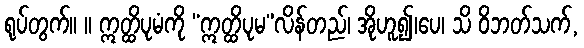
ရုပ်တွက်။ ။ ဣတ္ထိပုမံကို “ဣတ္ထိပုမ”လိန်တည်၊ အိုဟူ၍၊ပေ၊ သိ ဝိဘတ်သက်,